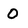
Character: O